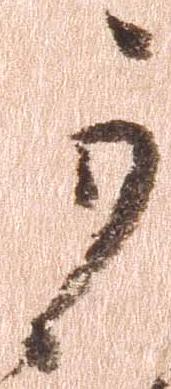
可